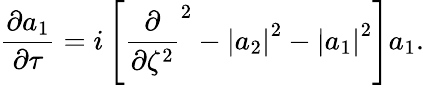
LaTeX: \frac{\partial a_{1}}{\partial\tau}=i\left[\frac{\partial}{\partial\zeta^{2}}^{2}-\left|a_{2}\right|^{2}-\left|a_{1}\right|^{2}\right]a_{1}.